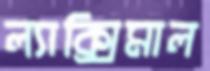
ল্যাক্সিমাল